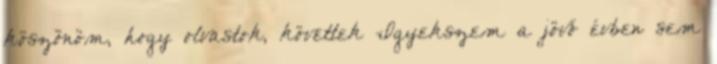
köszönöm, hogy olvastok, követtek Igyekszem a jövő évben sem